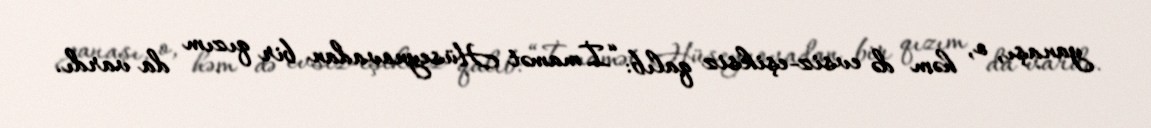
yanaşı, o, həm də evsiz-eşiksiz qalıb: “İmamət Hüseynovadan bir qızım da vardı.